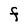
Character: F